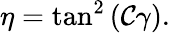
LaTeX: \eta=\tan^{2}\left(\mathcal{C}\gamma\right).